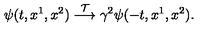
\psi ( t , x ^ { 1 } , x ^ { 2 } ) \stackrel { { \cal T } } { \longrightarrow } \gamma ^ { 2 } \psi ( - t , x ^ { 1 } , x ^ { 2 } ) .